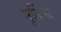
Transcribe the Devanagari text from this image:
मूर्तिमत